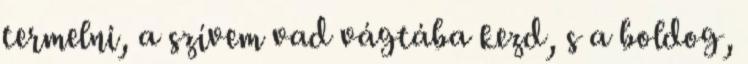
termelni, a szívem vad vágtába kezd, s a boldog,